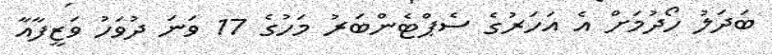
ބަދަލު ހޯދުމަށް އެ އަަހަރުގެ ސެޕްޓެންބަރު މަހުގެ 17 ވަނަ ދުވަހު ވަޒީފާއާ